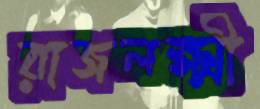
রাজলক্ষ্মী